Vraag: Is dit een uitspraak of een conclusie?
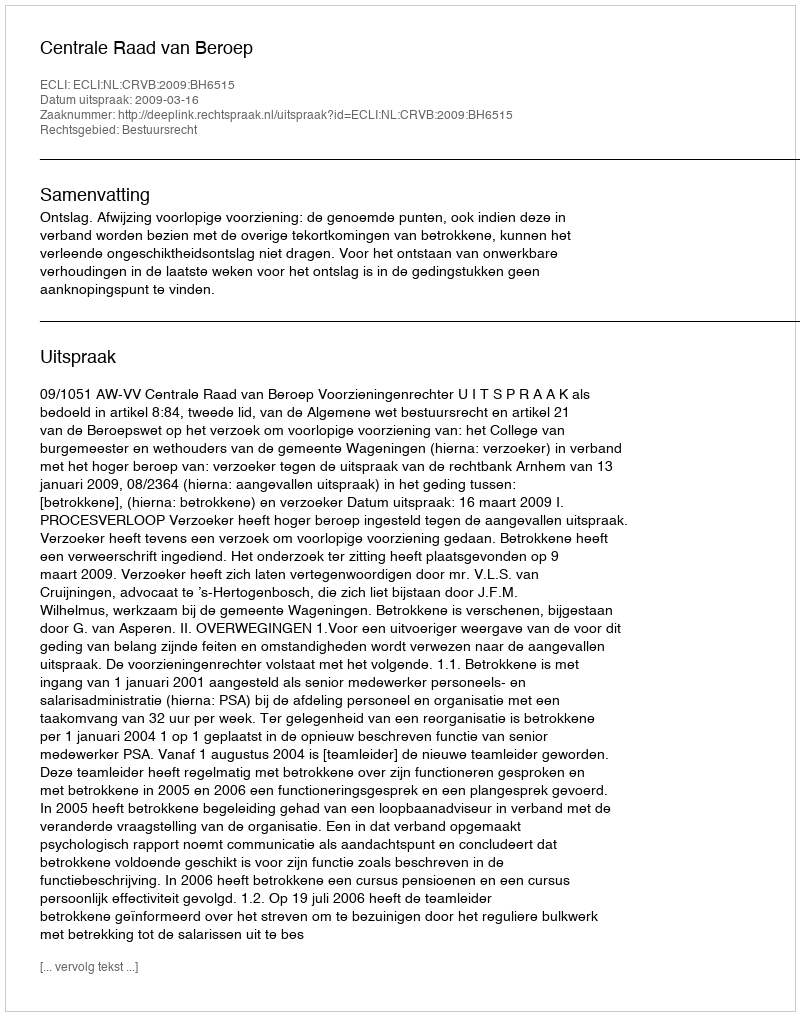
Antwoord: Uitspraak